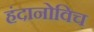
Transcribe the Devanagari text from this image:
हंदानोविच